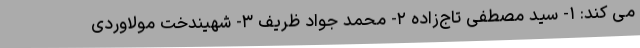
می‌ کند: ۱- سید مصطفی تاج‌زاده ۲- محمد جواد ظریف ۳- شهیندخت مولاوردی